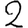
Digit: 2